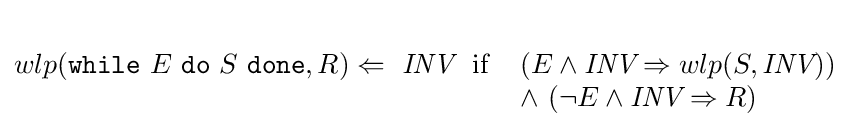
wlp({\texttt {while}}\ E\ {\texttt {do}}\ S\ {\texttt {done}},R)\Leftarrow \ {\textit {INV}}\ \ {\text{if}}\ \ {\begin{array}{l}\\(E\wedge {\textit {INV}}\Rightarrow wlp(S,{\textit {INV}}))\\\wedge \ (\neg E\wedge {\textit {INV}}\Rightarrow R)\end{array}}